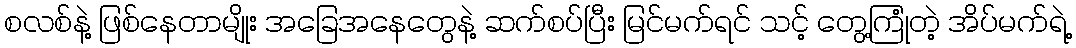
စလစ်နဲ့ ဖြစ်နေတာမျိုး အခြေအနေတွေနဲ့ ဆက်စပ်ပြီး မြင်မက်ရင် သင့် တွေ့ကြုံတဲ့ အိပ်မက်ရဲ့